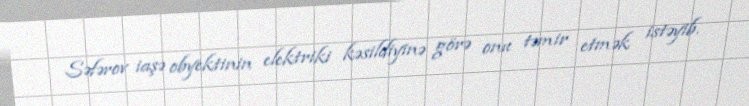
Səfərov iaşə obyektinin elektriki kəsildiyinə görə onu təmir etmək istəyib.